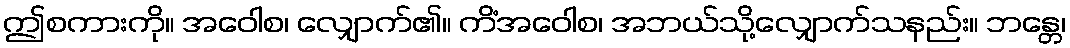
ဤစကားကို။ အဝေါစ၊ လျှောက်၏။ ကိံအဝေါစ၊ အဘယ်သို့လျှောက်သနည်း။ ဘန္တေ၊